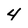
Character: 4